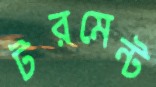
টরমেন্ট